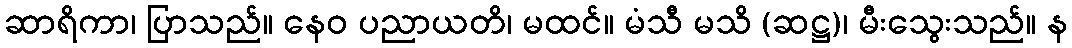
ဆာရိကာ၊ ပြာသည်။ နေဝ ပညာယတိ၊ မထင်။ မံသီ မသိ (ဆဋ္ဌ)၊ မီးသွေးသည်။ န